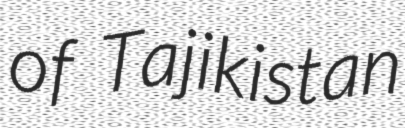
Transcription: of Tajikistan